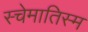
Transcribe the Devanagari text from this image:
स्चेमातिस्म